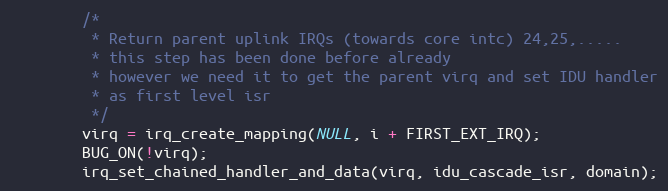
Language: C
		/*
		 * Return parent uplink IRQs (towards core intc) 24,25,.....
		 * this step has been done before already
		 * however we need it to get the parent virq and set IDU handler
		 * as first level isr
		 */
		virq = irq_create_mapping(NULL, i + FIRST_EXT_IRQ);
		BUG_ON(!virq);
		irq_set_chained_handler_and_data(virq, idu_cascade_isr, domain);